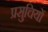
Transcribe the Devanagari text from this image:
प्रसुचियों